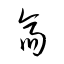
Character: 斎